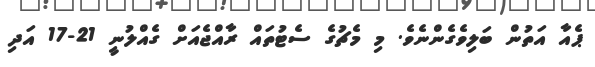
ޕެއާ އަތުން ބަލިވެގެންނެވެ. މި މެޗުގެ ސެޓުތައް ރާއްޖެއަށް ގެއްލުނީ 21-17 އަދި